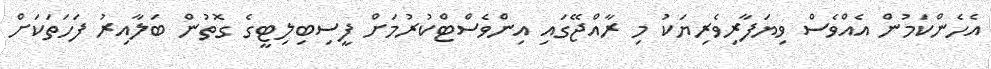
އެހެންކަމުން އެއްވެސް ވިޔަފާރިވެރިޔަކު މި ރާއްޖޭގައި އިންވެސްޓްކުރުމަށް ފީސިބިލިޓީގެ ގޮތުން ބަލާއިރު ފަހަތަކަށް